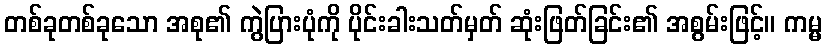
တစ်ခုတစ်ခုသော အစု၏ ကွဲပြားပုံကို ပိုင်းခါးသတ်မှတ် ဆုံးဖြတ်ခြင်း၏ အစွမ်းဖြင့်။ ကမ္မ